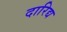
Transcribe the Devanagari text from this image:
दारिद्य